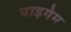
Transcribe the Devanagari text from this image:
पाइगेम